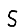
Digit: 5